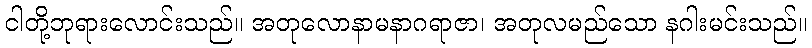
ငါတို့ဘုရားလောင်းသည်။ အတုလောနာမနာဂရာဇာ၊ အတုလမည်သော နဂါးမင်းသည်။